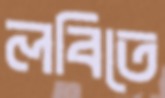
লবিতে